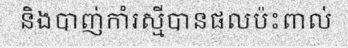
និងបាញ់កាំរស្មីបានផលប៉ះពាល់